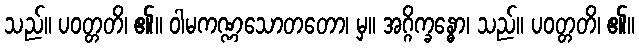
သည်။ ပဝတ္တတိ၊ ၏။ ဝါမကဏ္ဏသောတတော၊ မှ။ အဂ္ဂိက္ခန္ဓော၊ သည်။ ပဝတ္တတိ၊ ၏။